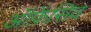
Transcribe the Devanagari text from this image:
ऑफ़ेंसिव